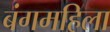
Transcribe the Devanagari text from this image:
बंगमहिला